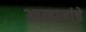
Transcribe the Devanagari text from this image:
आव्हानांचे